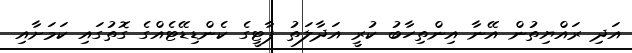
އަދި ރައްޔިތުން އޭނާ އިންތިހާބު ކުރީ އަދާލަތު ޕާޓީގެ ކެންޑިޑޭޓެއްގެ ގޮތުގައި ކަމަށާއި